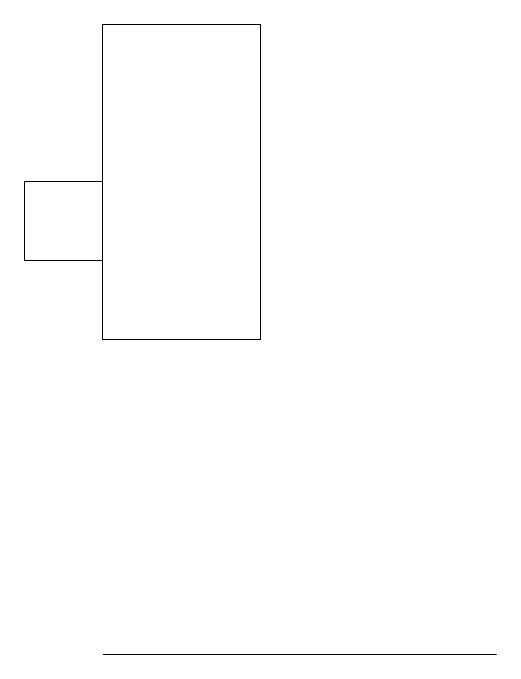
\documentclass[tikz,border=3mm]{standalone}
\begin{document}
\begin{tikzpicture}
\draw (5,15) rectangle (3,19);
\draw (3,16) rectangle (2,17);
\draw (3,11) rectangle (8,11);
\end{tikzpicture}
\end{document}